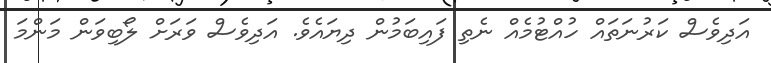
އަދިވެސް ކަރުނަތައް ހުއްޓުމެއް ނެތި ފައިބަމުން ދިޔައެވެ. އަދިވެސް ވަރަށް ލޯބިވަން މަންމަ